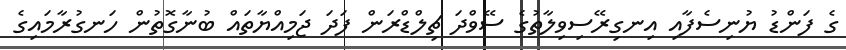
ގެ ފަންޑު ޔުނިސެފާއި އިނގިރޭސިވިލާތުގެ ސޭވްދަ ޗިލްޑްރަން ފަދަ ޖަމިއްޔާތައް ބުނާގޮތުން ހަނގުރާމައިގެ